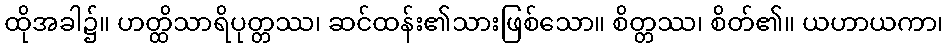
ထိုအခါ၌။ ဟတ္ထိသာရိပုတ္တဿ၊ ဆင်ထန်း၏သားဖြစ်သော။ စိတ္တဿ၊ စိတ်၏။ ယဟာယကာ၊